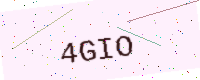
Text: 4GIO